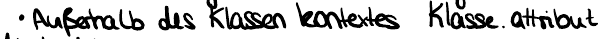
Außerhalb des Klassenkontextes Klasse.attribut